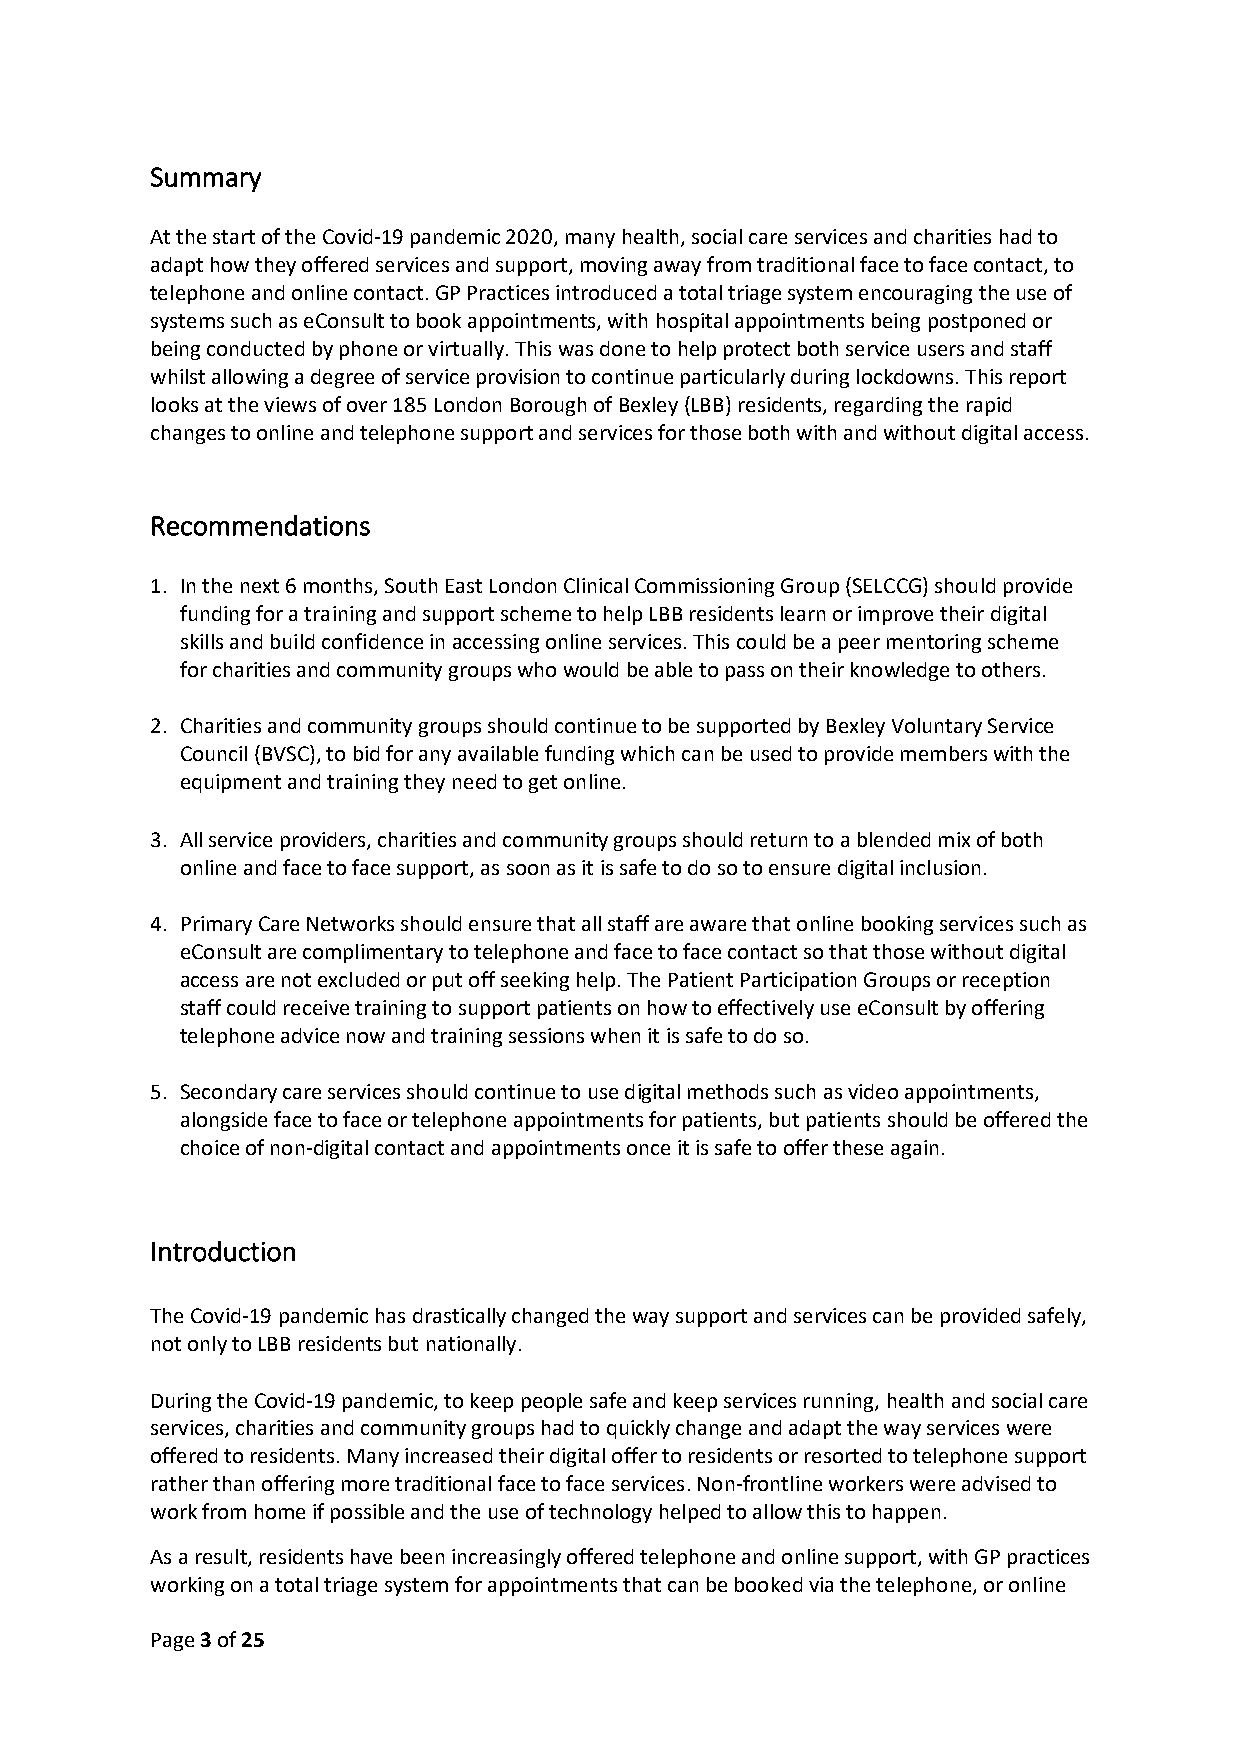
Summary
 At the start of the Covid-19 pandemic 2020, many health, social care services and charities had to
 adapt how they offered services and support, moving away from traditional face to face contact, to
 telephone and online contact. GP Practices introduced a total triage system encouraging the use of
 systems such as eConsult to book appointments, with hospital appointments being postponed or
 being conducted by phone or virtually. This was done to help protect both service users and staff
 whilst allowing a degree of service provision to continue particularly during lockdowns. This report
 looks at the views of over 185 London Borough of Bexley (LBB) residents, regarding the rapid
 changes to online and telephone support and services for those both with and without digital access.
 Recommendations
 1. In the next 6 months, South East London Clinical Commissioning Group (SELCCG) should provide
 funding for a training and support scheme to help LBB residents learn or improve their digital
 skills and build confidence in accessing online services. This could be a peer mentoring scheme
 for charities and community groups who would be able to pass on their knowledge to others.
 2. Charities and community groups should continue to be supported by Bexley Voluntary Service
 Council (BVSC), to bid for any available funding which can be used to provide members with the
 equipment and training they need to get online.
 3. All service providers, charities and community groups should return to a blended mix of both
 online and face to face support, as soon as it is safe to do so to ensure digital inclusion.
 4. Primary Care Networks should ensure that all staff are aware that online booking services such as
 eConsult are complimentary to telephone and face to face contact so that those without digital
 access are not excluded or put off seeking help. The Patient Participation Groups or reception
 staff could receive training to support patients on how to effectively use eConsult by offering
 telephone advice now and training sessions when it is safe to do so.
 5. Secondary care services should continue to use digital methods such as video appointments,
 alongside face to face or telephone appointments for patients, but patients should be offered the
 choice of non-digital contact and appointments once it is safe to offer these again.
 Introduction
 The Covid-19 pandemic has drastically changed the way support and services can be provided safely,
 not only to LBB residents but nationally.
 During the Covid-19 pandemic, to keep people safe and keep services running, health and social care
 services, charities and community groups had to quickly change and adapt the way services were
 offered to residents. Many increased their digital offer to residents or resorted to telephone support
 rather than offering more traditional face to face services. Non-frontline workers were advised to
 work from home if possible and the use of technology helped to allow this to happen.
 As a result, residents have been increasingly offered telephone and online support, with GP practices
 working on a total triage system for appointments that can be booked via the telephone, or online
 Page 3 of 25